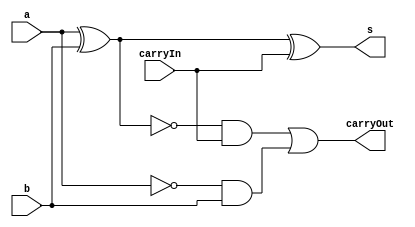
// ---------------------------------- 
// Exemplo0022 - FULL SUBTRACTOR
// Nome: Felipe Trres 
// ---------------------------------- 



// ------------------------- 
// full subtractor
// ------------------------- 

module fullSubtractor (output s, output carryOut,  input a, input b, input carryIn); 

	
  wire tmp1, tmp2, tmp3;
  
//-- portas 

  xor (tmp1, a, b);   
  and (tmp3, ~a , b );
  
  and (tmp2, ~tmp1 , carryIn);  
  
  xor (s , tmp1 , carryIn);
  or (carryOut ,tmp2 ,tmp3 );

endmodule //-- fullAdder

// ------------------------- 
// 4bit full subtractor 
// ------------------------- 
module fourBitFullSubtractor(s, carryOut, x, y, carryIn);
  
  output [3:0] s;
  output carryOut;
  input  [3:0] x, y;
  input carryIn;
  wire c1, c2, c3;
  
  //-- portas 
  
  fullSubtractor FULLSUBTRACTOR0(s[0], c1, x[0], y[0], carryIn);
  fullSubtractor FULLSUBTRACTOR1(s[1], c2, x[1], y[1], c1);
  fullSubtractor FULLSUBTRACTOR2(s[2], c3, x[2], y[2], c2);
  fullSubtractor FULLSUBTRACTOR3(s[3], carryOut, x[3], y[3], c3);
  
endmodule //-- fourbitFullAdder
 

module test_fullSubtractor; 
// ------------------------- definir dados 
reg [3:0] a; 
reg [3:0] b; 
reg carryIn; 
wire [3:0] soma;
wire carryOut; 

fourBitFullSubtractor FOURBITFULLSUBTRACTOR0(soma, carryOut, a, b, carryIn);

// ------------------------- parte principal 
  initial
  begin
  $display("Exemplo0022 - Felipe Trres - 412738"); 
  $display("Test ALU's Full Subtractor:"); 
 
  //-- Mostrar testes
 
  $monitor($time," a = %b b = %b carry in= %b *** carry out = %b Soma = %b\n" , a , b , carryIn,carryOut,soma);
  end
  
  //-- Entradas
  initial
  begin
  a = 4'd2;b = 4'd4; carryIn = 1'b0;


  #5 a = 4'd2;b = 4'd4;
  #5 a = 4'd6;b = 4'd8;
  #5 a = 4'd1;b = 4'd3;
  #5 a = 4'd5;b = 4'd7;
  #5 a = 4'd10;b = 4'd5;
  carryIn = 1'b1;


  end
endmodule //-- test_fullAdder